Leaving Certificate Examination, 1925
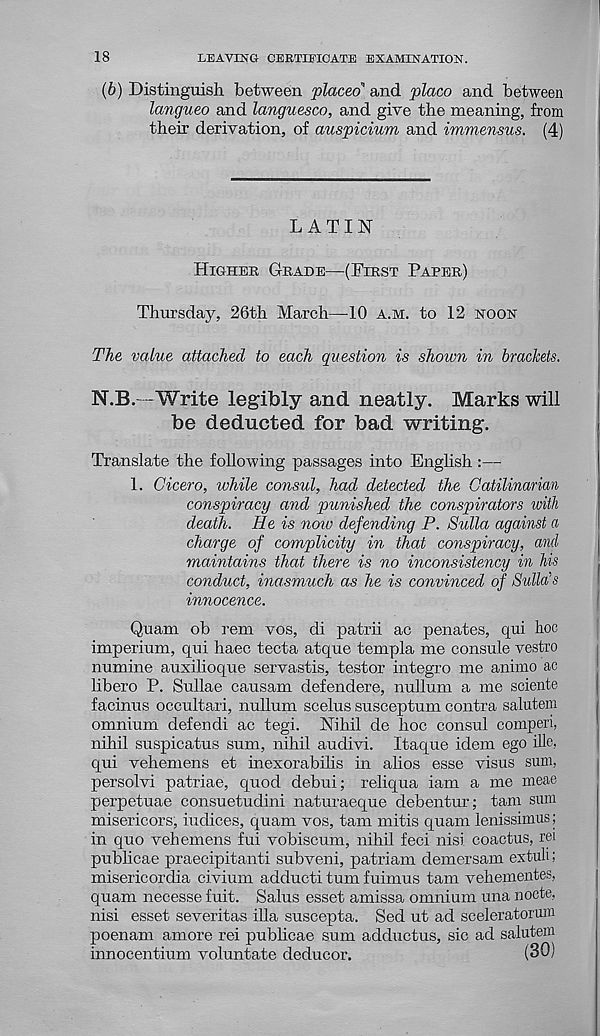
18
LEAVING CERTIFICATE EXAMINATION.
(b) Distinguish between placed 1 and placo and between
langueo and languesco, and give the meaning, from
their derivation, of auspicium and imm.ensus. (4)
LATIN
HIGHER GRADE—(FIRST PAPER)
Thursday, 26th March—10 A.M. to 12 NOON
The value attached to each question is shown in brackets.
N.B.—Write legibly and neatly. Marks will
be deducted for bad writing.
Translate the following passages into English :—
1. Cicero, while consul, had detected the Catilinarian
conspiracy and punished the conspirators with
death. He is now defending P. Sulla against a
charge of complicity in that conspiracy, and
maintains that there is no inconsistency in his
conduct, inasmuch as he is convinced of Sulla's
innocence.
Quam ob rem vos, di patrii ac penates, qui hoc
imperium, qui haec tecta atque templa me consuls vestro
numine auxilioque servastis, tester integro me animo ac
libero P. Sullae causam defendere, nullum a me sciente
facinus occultari, nullum scelus susceptum contra salutem
omnium defendi ac tegi. Nihil de hoc consul comperi,
nihil suspicatus sum, nihil audivi. Itaque idem ego ille,
qui vehemens et inexorabilis in alios esse visus sum,
persolvi patriae, quod debui; reliqua iam a me meae
perpetuae consuetudini naturaeque debentur; tam sum
misericors, indices, quam vos, tam mitis quam lenissimus;
in quo vehemens fui vobiscum, nihil feci nisi coactus, rei
publicae praecipitanti subveni, patriam demersam extuli;
misericordia civium adducti turn fuimus tam vehement®,
quam necesse fuit. Salus esset amissa omnium una nocte,
nisi esset severitas ilia suscepta. Sed ut ad sceleratorum
poenam amore rei publicae sum adductus, sic ad salutem
innocentium voluntate deducor.
(30)